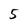
Character: 5